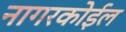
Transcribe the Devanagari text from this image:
नागरकोईल